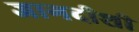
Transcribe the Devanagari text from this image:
जागदीशी